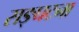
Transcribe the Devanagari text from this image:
सङ्घटना